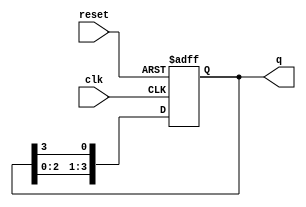
module ring_counter (
    input wire clk,       // Clock signal
    input wire reset,     // Asynchronous reset signal
    output reg [N-1:0] q // Output state of the counter
);
    parameter N = 4; // Number of bits (flip-flops) in the ring counter

    always @(posedge clk or posedge reset) begin
        if (reset) begin
            // Reset the counter to 1 (only the first flip-flop is set)
            q <= 1'b1; 
        end else begin
            // Shift the '1' to the next flip-flop in the ring
            q <= {q[N-2:0], q[N-1]}; // Shift left and wrap around
        end
    end
endmodule